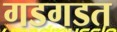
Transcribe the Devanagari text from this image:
गडगडत